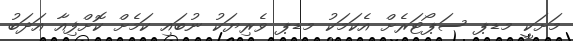
މަށަކީ މޑޕ ސަޕޯޓަރެށް އެކަމަކު މޑޕ ވެރިޔަކު ނުބައި ކަމެށް ކޮށްފިއާ އަދަބު